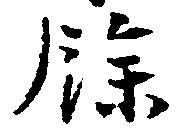
余